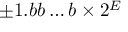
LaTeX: \pm 1 . b b \ldots b \times 2 ^ { E }